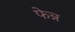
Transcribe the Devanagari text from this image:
फेन्न